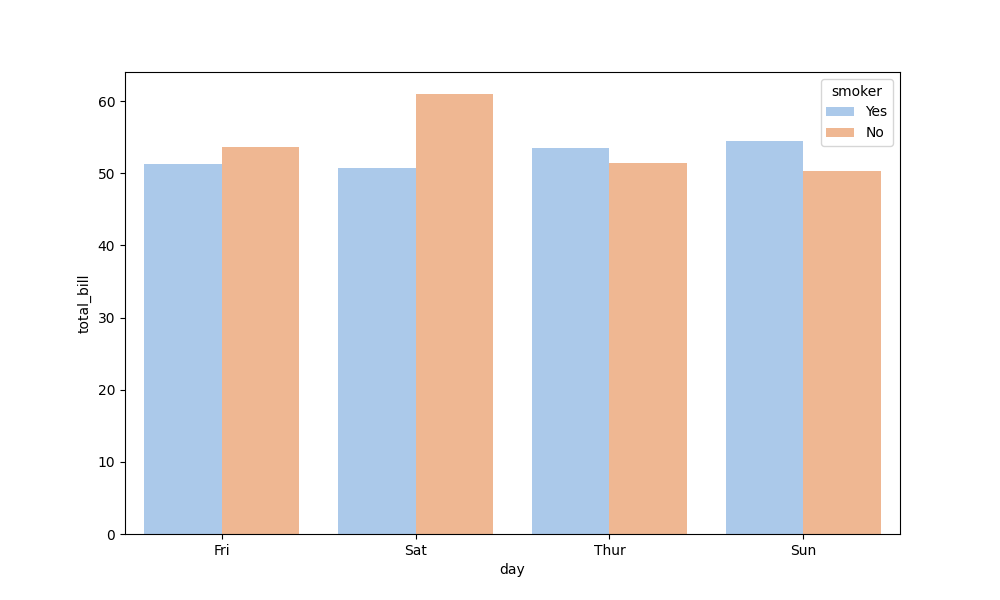
python, seaborn, barplot, hue='smoker', palette='pastel', ci=None, orient='v'